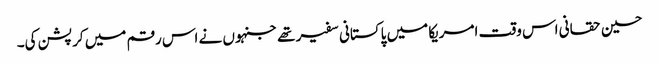
حسین حقانی اس وقت امریکا میں پاکستانی سفیر تھے جنہوں نے اس رقم میں کرپشن کی۔